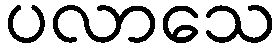
ပလာသေ